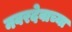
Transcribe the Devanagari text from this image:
नवरदेवाच्या